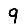
Digit: 9